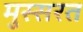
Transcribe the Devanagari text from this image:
मुस्सरत